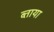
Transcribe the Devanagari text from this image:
ब्ताया